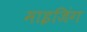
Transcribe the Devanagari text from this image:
माइजिंग